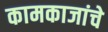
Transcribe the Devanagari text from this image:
कामकाजांचे